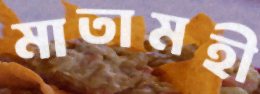
মাতামহী